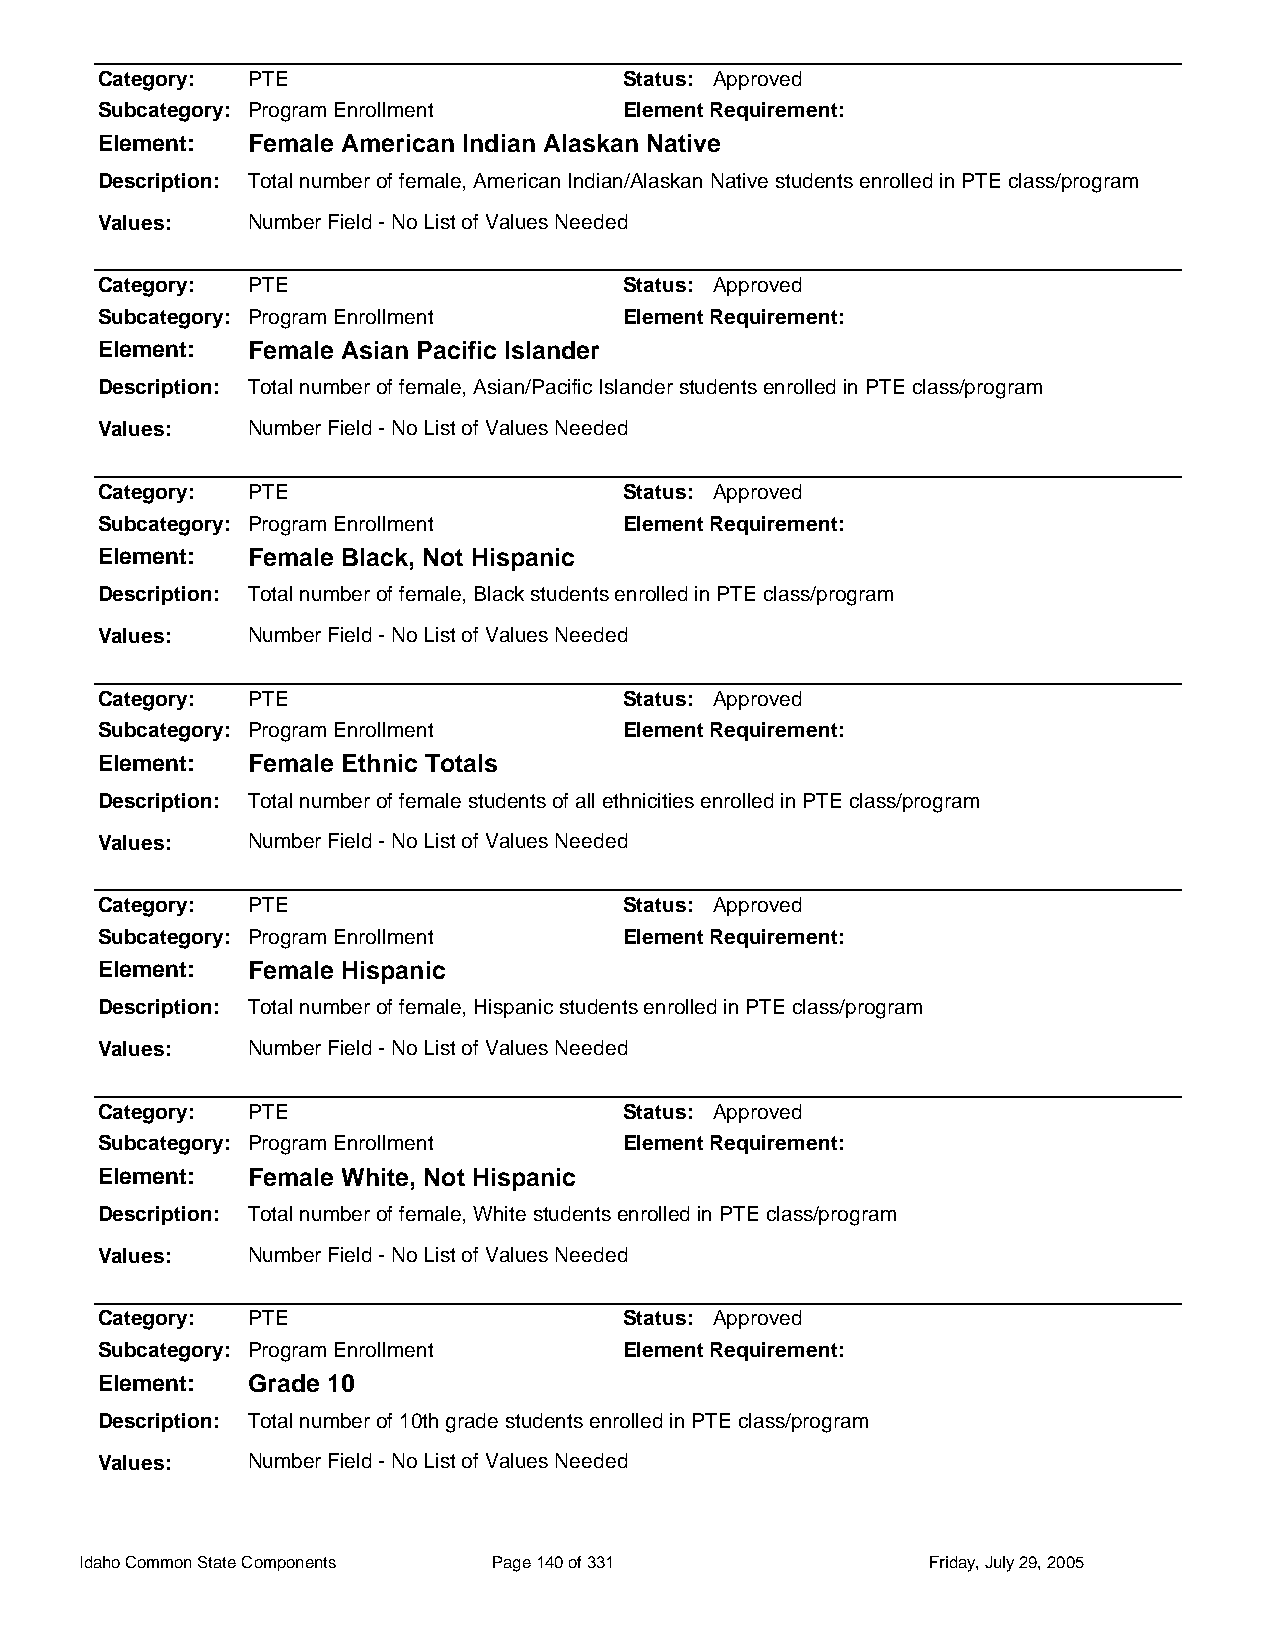
Category: PTE                      Status: Approved
 Subcategory: Program Enrollment    Element Requirement:
 Element:  Female American Indian Alaskan Native
 Description: Total number of female, American Indian/Alaskan Native students enrolled in PTE class/program
 Values:   Number Field - No List of Values Needed
 Category: PTE                      Status: Approved
 Subcategory: Program Enrollment    Element Requirement:
 Element:  Female Asian Pacific Islander
 Description: Total number of female, Asian/Pacific Islander students enrolled in PTE class/program
 Values:   Number Field - No List of Values Needed
 Category: PTE                      Status: Approved
 Subcategory: Program Enrollment    Element Requirement:
 Element:  Female Black, Not Hispanic
 Description: Total number of female, Black students enrolled in PTE class/program
 Values:   Number Field - No List of Values Needed
 Category: PTE                      Status: Approved
 Subcategory: Program Enrollment    Element Requirement:
 Element:  Female Ethnic Totals
 Description: Total number of female students of all ethnicities enrolled in PTE class/program
 Values:   Number Field - No List of Values Needed
 Category: PTE                      Status: Approved
 Subcategory: Program Enrollment    Element Requirement:
 Element:  Female Hispanic
 Description: Total number of female, Hispanic students enrolled in PTE class/program
 Values:   Number Field - No List of Values Needed
 Category: PTE                      Status: Approved
 Subcategory: Program Enrollment    Element Requirement:
 Element:  Female White, Not Hispanic
 Description: Total number of female, White students enrolled in PTE class/program
 Values:   Number Field - No List of Values Needed
 Category: PTE                      Status: Approved
 Subcategory: Program Enrollment    Element Requirement:
 Element:  Grade 10
 Description: Total number of 10th grade students enrolled in PTE class/program
 Values:   Number Field - No List of Values Needed
 Idaho Common State Components Page 140 of 331           Friday, July 29, 2005